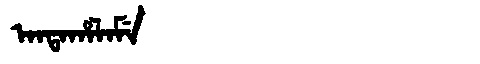
Manchu: ᠠᠨᡨᠠᡥᠠᠯᠠᠮᡝ
Romanization: ANTAHALAME